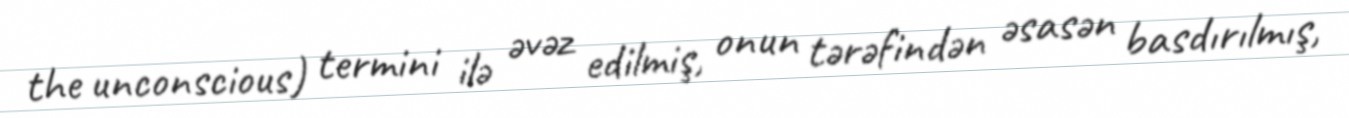
the unconscious) termini ilə əvəz edilmiş, onun tərəfindən əsasən basdırılmış,